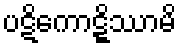
ပဋိကောဋ္ဋိဿာမိ